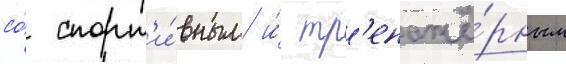
со́ спорт'и́вным и́ тр'енажё́рным